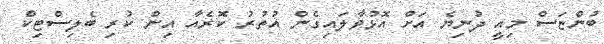
ބުންޏަސް މިއީ ދުނިޔެ އަށް އޮޅުވާލައިގެން އުތުރު ކޮރެއާ އިން ކުރި ބެލިސްޓިކް